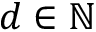
d \in \mathbb { N }